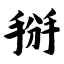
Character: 掰